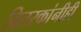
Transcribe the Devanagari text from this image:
वितरकांनीही